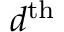
d ^ { \mathrm { t h } }